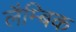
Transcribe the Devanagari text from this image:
लैम्बिक